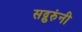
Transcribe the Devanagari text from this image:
सद्गुरुंनी